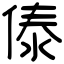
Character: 傣